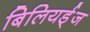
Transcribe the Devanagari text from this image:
बिलियर्ड्‌ज